Scientific memoirs by medical officers of the Army of India - Part III,
Year: 1887
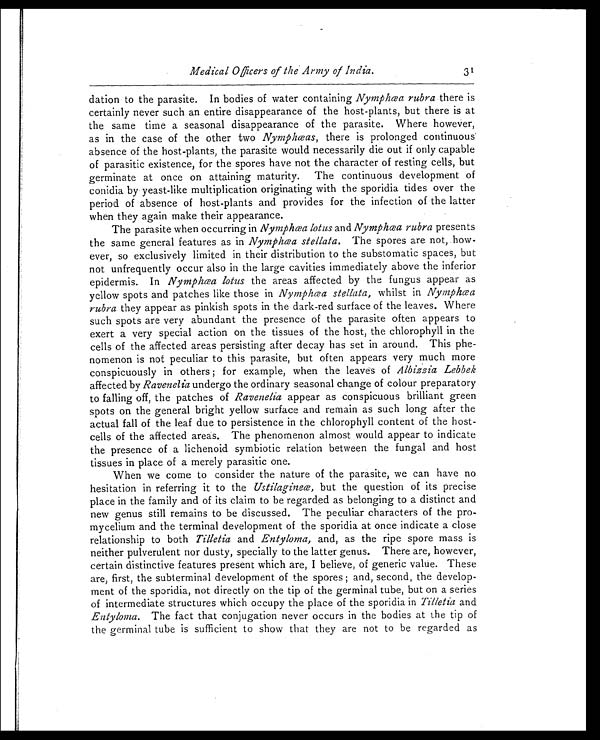
Medical Officers of the Army of India.
31
dation to the parasite. In bodies of water containing Nymphœa rubra there is
certainly never such an entire disappearance of the host-plants, but there is at
the same time a seasonal disappearance of the parasite. Where however,
as in the case of the other two Nymphœas, there is prolonged continuous
absence of the host-plants, the parasite would necessarily die out if only capable
of parasitic existence, for the spores have not the character of resting cells, but
germinate at once on attaining maturity. The continuous development of
conidia by yeast-like multiplication originating with the sporidia tides over the
period of absence of host-plants and provides for the infection of the latter
when they again make their appearance.
The parasite when occurring in Nymphœa lotus and Nymphœa rubra presents
the same general features as in Nymphœa stellata. The spores are not, how-
ever, so exclusively limited in their distribution to the substomatic spaces, but
not unfrequently occur also in the large cavities immediately above the inferior
epidermis. In Nymphœa lotus the areas affected by the fungus appear as
yellow spots and patches like those in Nymphœa stellata, whilst in Nymphœa
rubra they appear as pinkish spots in the dark-red surface of the leaves. Where
such spots are very abundant the presence of the parasite often appears to
exert a very special action on the tissues of the host, the chlorophyll in the
cells of the affected areas persisting after decay has set in around. This phe-
nomenon is not peculiar to this parasite, but often appears very much more
conspicuously in others; for example, when the leaves of Albizzia Lebbek
affected by Ravenelia undergo the ordinary seasonal change of colour preparatory
to falling off, the patches of Ravenelia appear as conspicuous brilliant green
spots on the general bright yellow surface and remain as such long after the
actual fall of the leaf due to persistence in the chlorophyll content of the host-
cells of the affected areas. The phenomenon almost would appear to indicate
the presence of a lichenoid symbiotic relation between the fungal and host
tissues in place of a merely parasitic one.
When we come to consider the nature of the parasite, we can have no
hesitation in referring it to the Ustilagineœ, but the question of its precise
place in the family and of its claim to be regarded as belonging to a distinct and
new genus still remains to be discussed. The peculiar characters of the pro-
mycelium and the terminal development of the sporidia at once indicate a close
relationship to both Tilletia and Entyloma, and, as the ripe spore mass is
neither pulverulent nor dusty, specially to the latter genus. There are, however,
certain distinctive features present which are, I believe, of generic value. These
are, first, the subterminal development of the spores; and, second, the develop-
ment of the sporidia, not directly on the tip of the germinal tube, but on a series
of intermediate structures which occupy the place of the sporidia in Tilletia and
Entyloma. The fact that conjugation never occurs in the bodies at the tip of
the germinal tube is sufficient to show that they are not to be regarded as